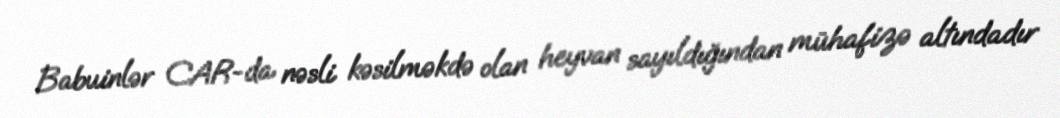
Babuinlər CAR-da nəsli kəsilməkdə olan heyvan sayıldığından mühafizə altındadır